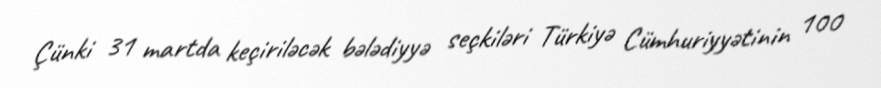
Çünki 31 martda keçiriləcək bələdiyyə seçkiləri Türkiyə Cümhuriyyətinin 100